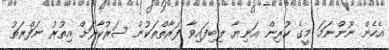
އެހެން ނޫންނަމަ މީގެ ކުރިން އަނިޔާ ލިބިފައިވާ ފަރާތްތަކުން ސަރުކާރަށް އިތުރު ނަފްރަތު